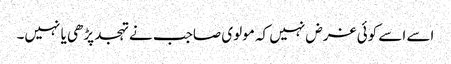
اسے اسے کوئی غرض نہیں کہ مولوی صاجب نے تہجد پڑھی یا نہیں۔